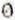
0